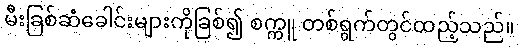
မီးခြစ်ဆံခေါင်းများကိုခြစ်၍ စက္ကူ တစ်ရွက်တွင်ထည့်သည်။